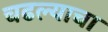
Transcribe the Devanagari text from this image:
चढल्याचा